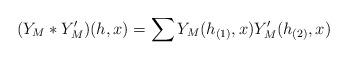
LaTeX: \begin{align*} (Y_M\ast Y_M')(h,x)= \sum Y_M(h_{(1)},x)Y'_M(h_{(2)},x) \end{align*}